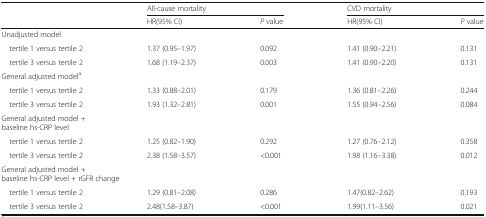
| <ROWSPAN=2>  | <COLSPAN=2> All-cause mortality | <COLSPAN=2> CVD mortality |
 | HR(95% CI) | P value | HR(95% CI) | P value |
 | --- | --- | --- | --- | --- |
 | <COLSPAN=5> Unadjusted model |
 | tertile 1 versus tertile 2 | 1.37 (0.95–1.97) | 0.092 | 1.41 (0.90–2.21) | 0.131 |
 | tertile 3 versus tertile 2 | 1.68 (1.19–2.37) | 0.003 | 1.41 (0.90–2.20) | 0.131 |
 | <COLSPAN=5> General adjusted modela |
 | tertile 1 versus tertile 2 | 1.33 (0.88–2.01) | 0.179 | 1.36 (0.81–2.26) | 0.244 |
 | tertile 3 versus tertile 2 | 1.93 (1.32–2.81) | 0.001 | 1.55 (0.94–2.56) | 0.084 |
 | <COLSPAN=5> General adjusted model + baseline hs-CRP level |
 | tertile 1 versus tertile 2 | 1.25 (0.82–1.90) | 0.292 | 1.27 (0.76–2.12) | 0.358 |
 | tertile 3 versus tertile 2 | 2.38 (1.58–3.57) | <0.001 | 1.98 (1.16–3.38) | 0.012 |
 | <COLSPAN=5> General adjusted model + baseline hs-CRP level + rGFR change |
 | tertile 1 versus tertile 2 | 1.29 (0.81–2.08) | 0.286 | 1.47(0.82–2.62) | 0.193 |
 | tertile 3 versus tertile 2 | 2.48(1.58–3.87) | <0.001 | 1.99(1.11–3.56) | 0.021 |